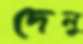
দেলু